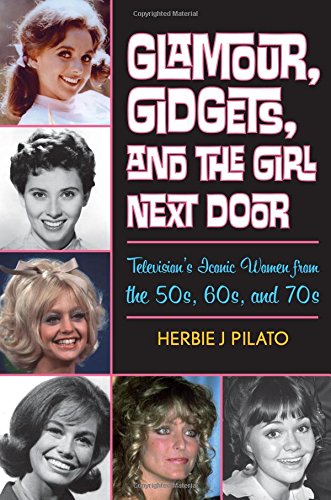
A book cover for Glamour, Gidgets, and the Girl Next Door: Television's Iconic Women from the 50s, 60s, and 70s; Herbie J Pilato; Humor & Entertainment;